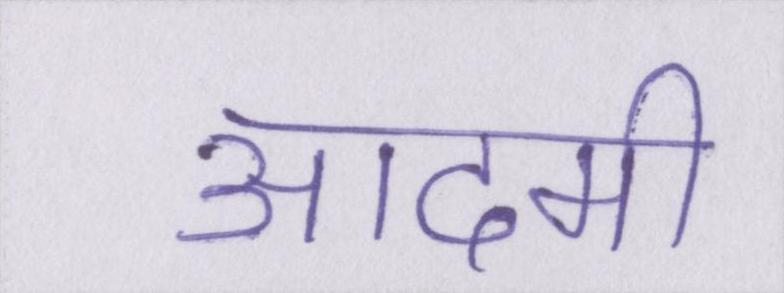
आदमी